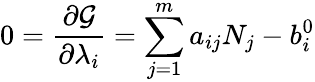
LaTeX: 0={\frac{\partial{\mathcal{G}}}{\partial\lambda_{i}}}=\sum_{j=1}^{m}a_{ij}N_{j}-b_{i}^{0}